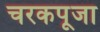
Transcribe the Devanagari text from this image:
चरकपूजा